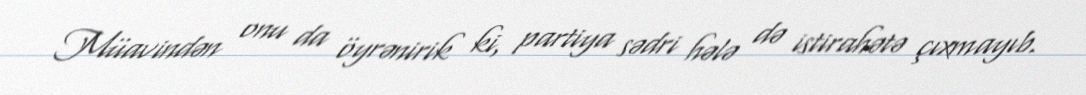
Müavindən onu da öyrənirik ki, partiya sədri hələ də istirahətə çıxmayıb.